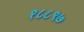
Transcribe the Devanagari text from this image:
१८८९७